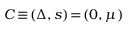
C \! \equiv \! ( \Delta , s ) \! = \! ( 0 , \mu )